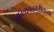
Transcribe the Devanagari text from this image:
स्वातंत्र्यचळवळीतल्या